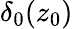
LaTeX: \delta_{0}(z_{0})